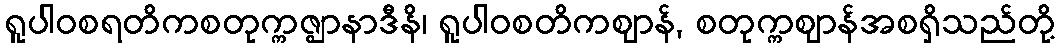
ရူပါဝစရတိကစတုက္ကဇ္ဈာနာဒီနိ၊ ရူပါဝစတိကဈာန်, စတုက္ကဈာန်အစရှိသည်တို့